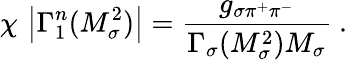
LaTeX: \chi\, \left|\Gamma_{1}^{n}(M_{\sigma}^{2})\right|=\frac{g_{\sigma\pi^{+}\pi^{-}}}{\Gamma_{\sigma}(M_{\sigma}^{2})M_{\sigma}}~.